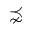
\precnsim